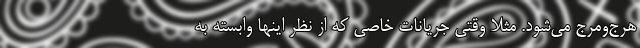
هرج‌ومرج می‌شود. مثلا وقتی جریانات خاصی که از نظر اینها وابسته به